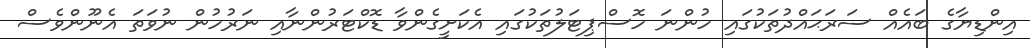
އިންޑިޔާގެ ބައެއް ސަރަޙައްދުތަކުގައި ހުންނަ ހޮސްޕިޓަލުތަކުގައި އެކަށީގެންވާ ޑޮކްޓަރުންނާއި ނަރުހުން ނުވަތަ އެނޫންވެސް